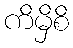
ကိမှိစိ